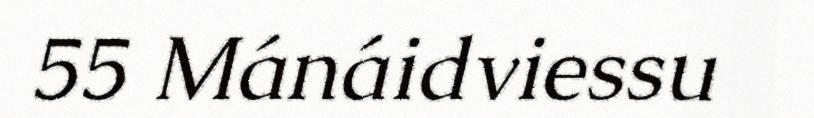
55 Mánáidviessu